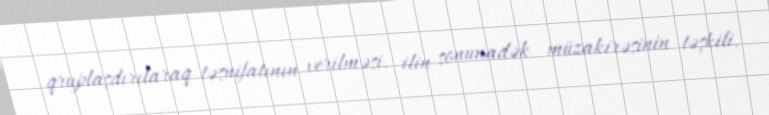
qruplaşdırılaraq təsnifatının verilməsi, ilin sonunadək müzakirəsinin təşkili,